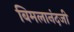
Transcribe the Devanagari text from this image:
बिमलानंदजी